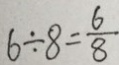
6 \div 8 = \frac { 6 } { 8 }